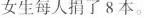
女生每人捐了 8 本